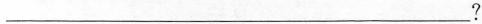
___？